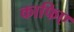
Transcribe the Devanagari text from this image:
काफिए